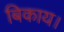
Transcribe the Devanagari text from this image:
बिकाय।